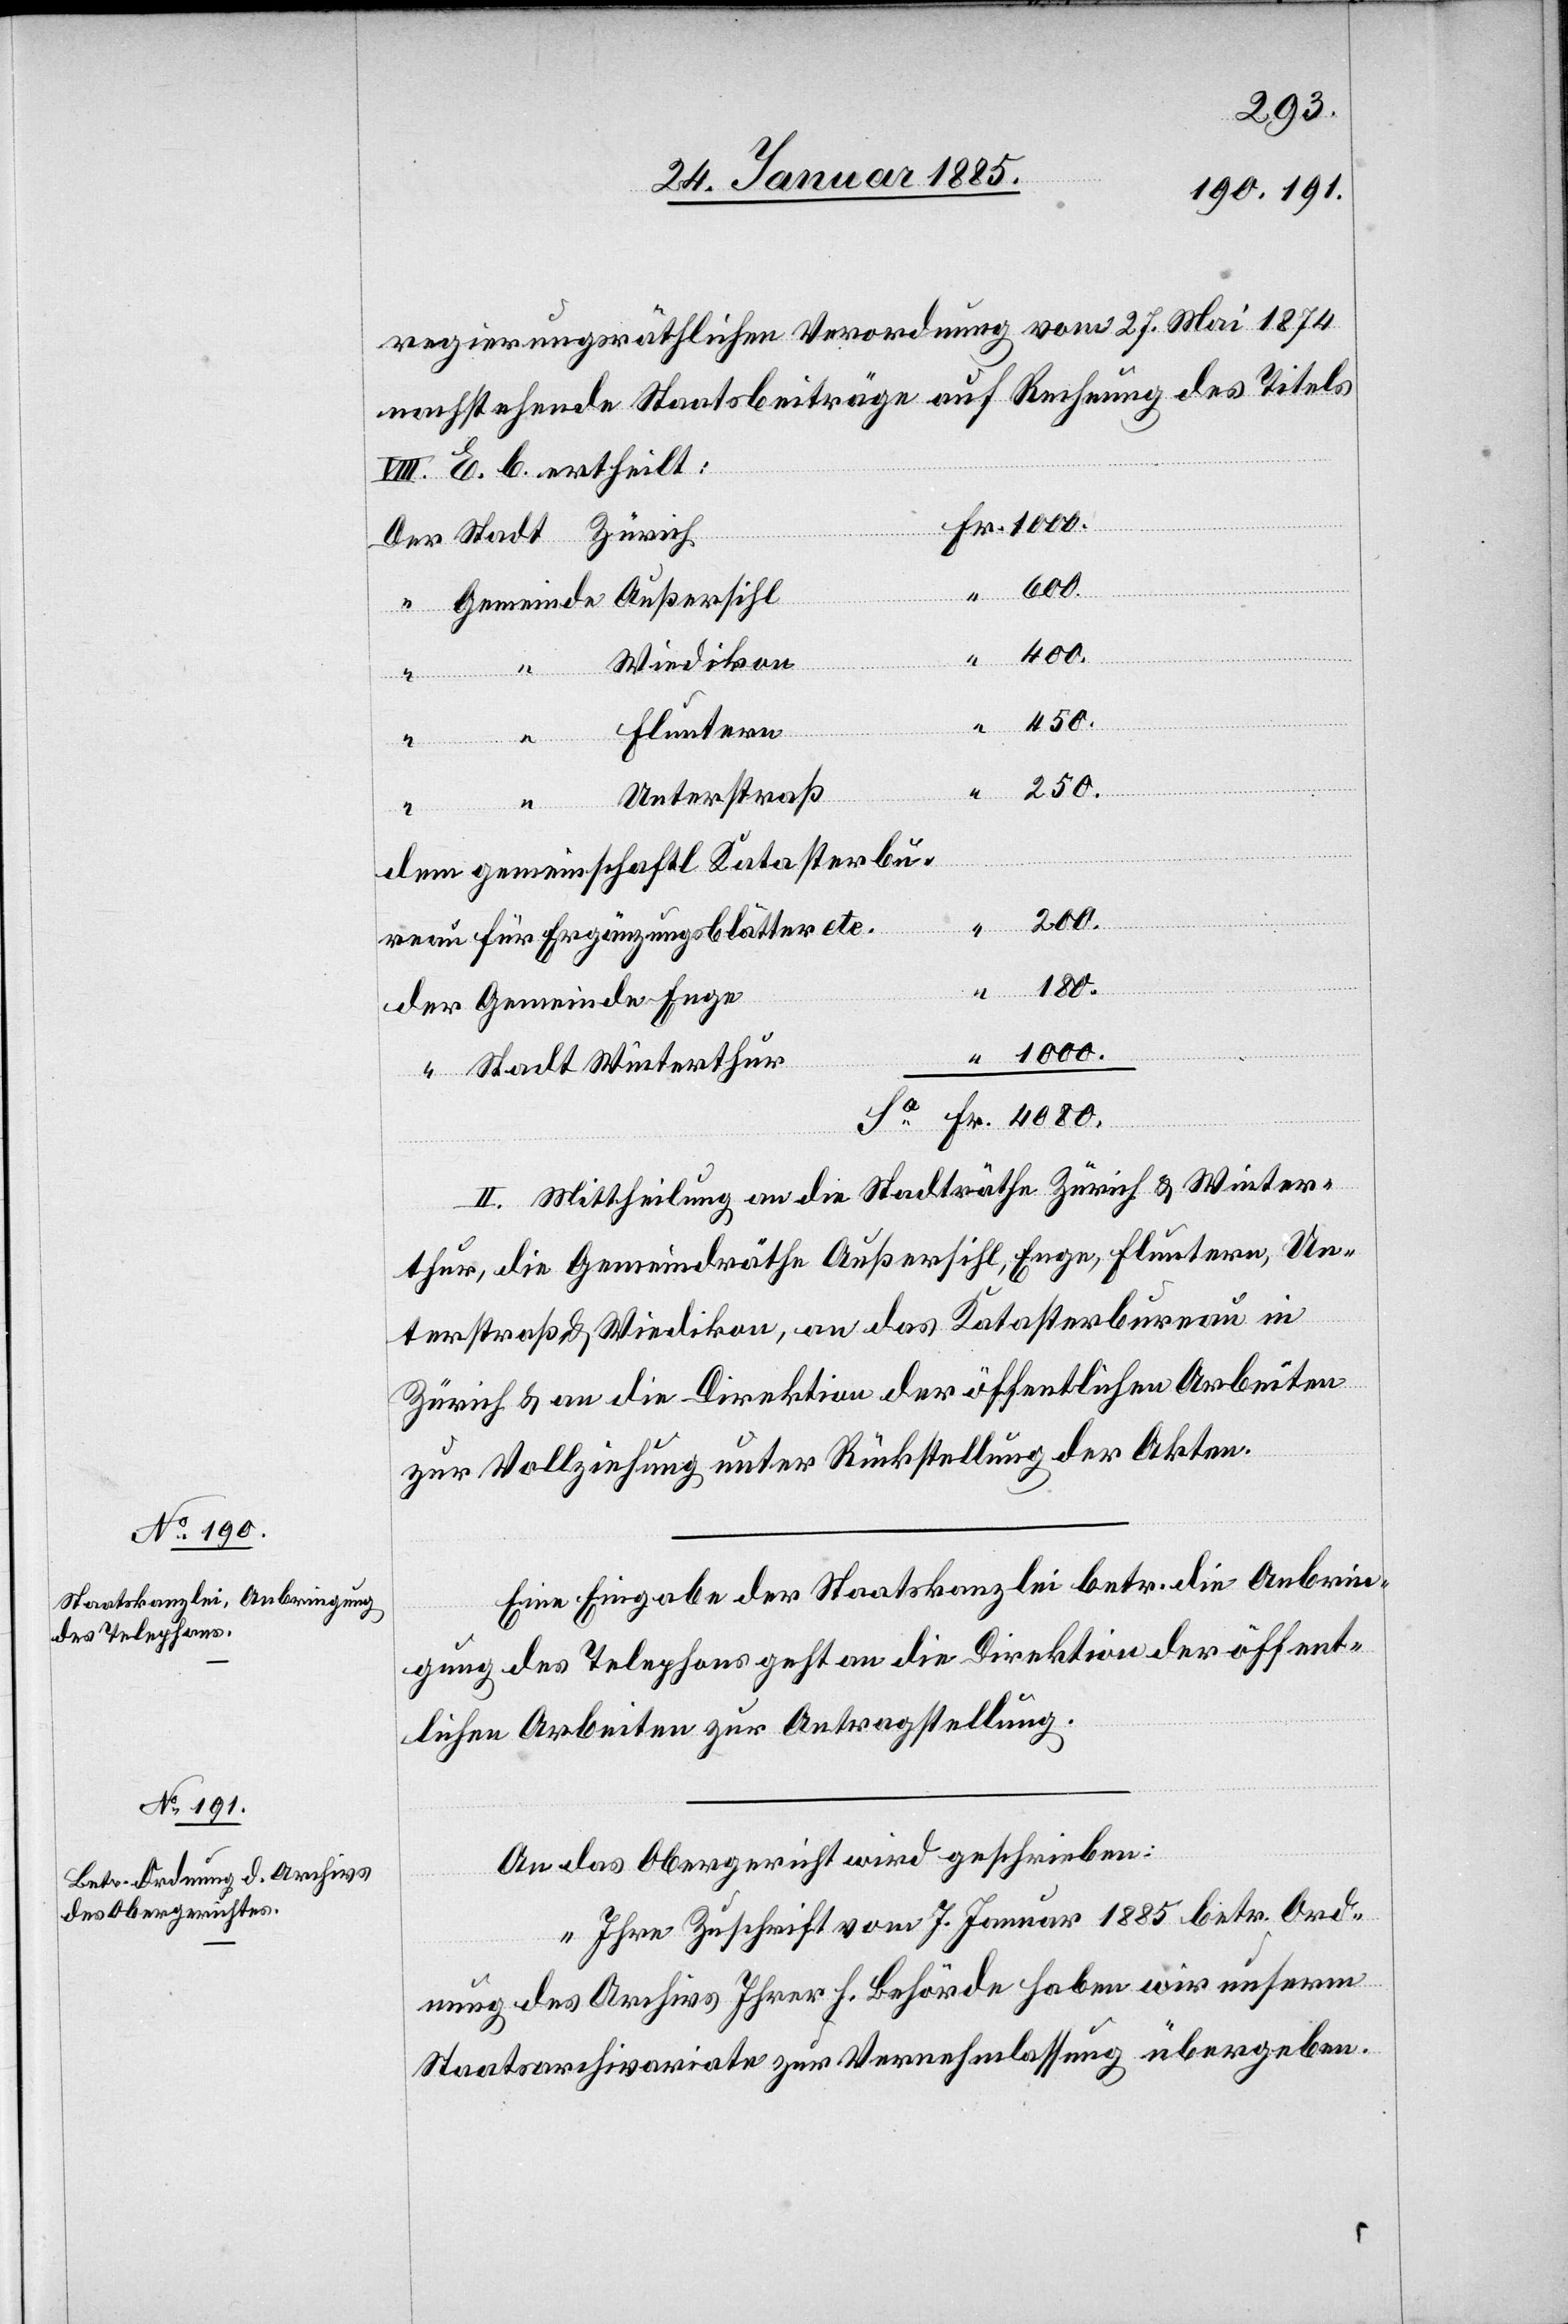
Eine Eingabe der Staatskanzlei betr. die Anbrin¬
gung des Telephons geht an die Direktion der öffent¬
lichen Arbeiten zur Antragstellung.
An das Obergericht wird geschrieben:
„Ihre Zuschrift vom 7. Januar 1885 betr. Ord¬
nung des Archivs Ihrer h. Behörde haben wir unserem
Staatsarchivariate zur Vernehmlassung übergeben.